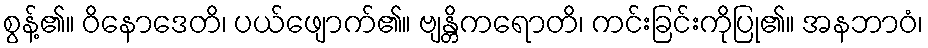
စွန့်၏။ ဝိနောဒေတိ၊ ပယ်ဖျောက်၏။ ဗျန္တိကရောတိ၊ ကင်းခြင်းကိုပြု၏။ အနဘာဝံ၊